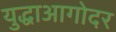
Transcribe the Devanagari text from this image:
युद्धाआगोदर